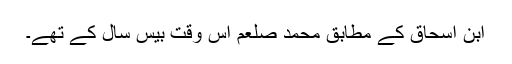
ابن اسحاق کے مطابق محمد صلعم اس وقت بیس سال کے تھے۔